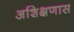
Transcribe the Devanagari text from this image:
अशिक्षणास